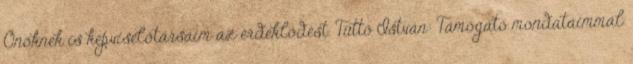
Önöknek is képviselőtársaim az érdeklődést. Tüttő István: Támogató mondataimmal